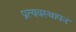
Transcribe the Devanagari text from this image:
प्रत्यवस्थापन